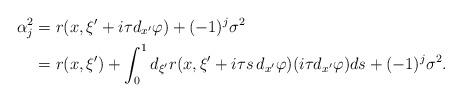
LaTeX: \begin{align*} \alpha_j^2 &= r(x,\xi'+i\tau d_{x'}\varphi)+(-1)^j\sigma^2\\ &= r(x,\xi') +\int_{0}^1 d_{\xi'}r(x,\xi'+i \tau s\, d_{x'}\varphi) (i \tau d_{x'}\varphi)ds +(-1)^j\sigma^2. \end{align*}